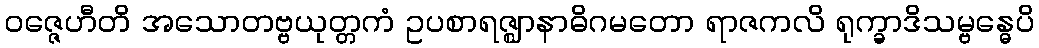
ဝဇ္ဇေဟီတိ အသောတဗ္ဗယုတ္တကံ ဥပစာရဇ္ဈာနာဓိဂမတော ရာဇကလိ ရုက္ခာဒိသမ္ဗန္ဓေပိ